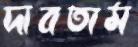
দাবতাম